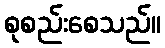
စုစည်းစေသည်။